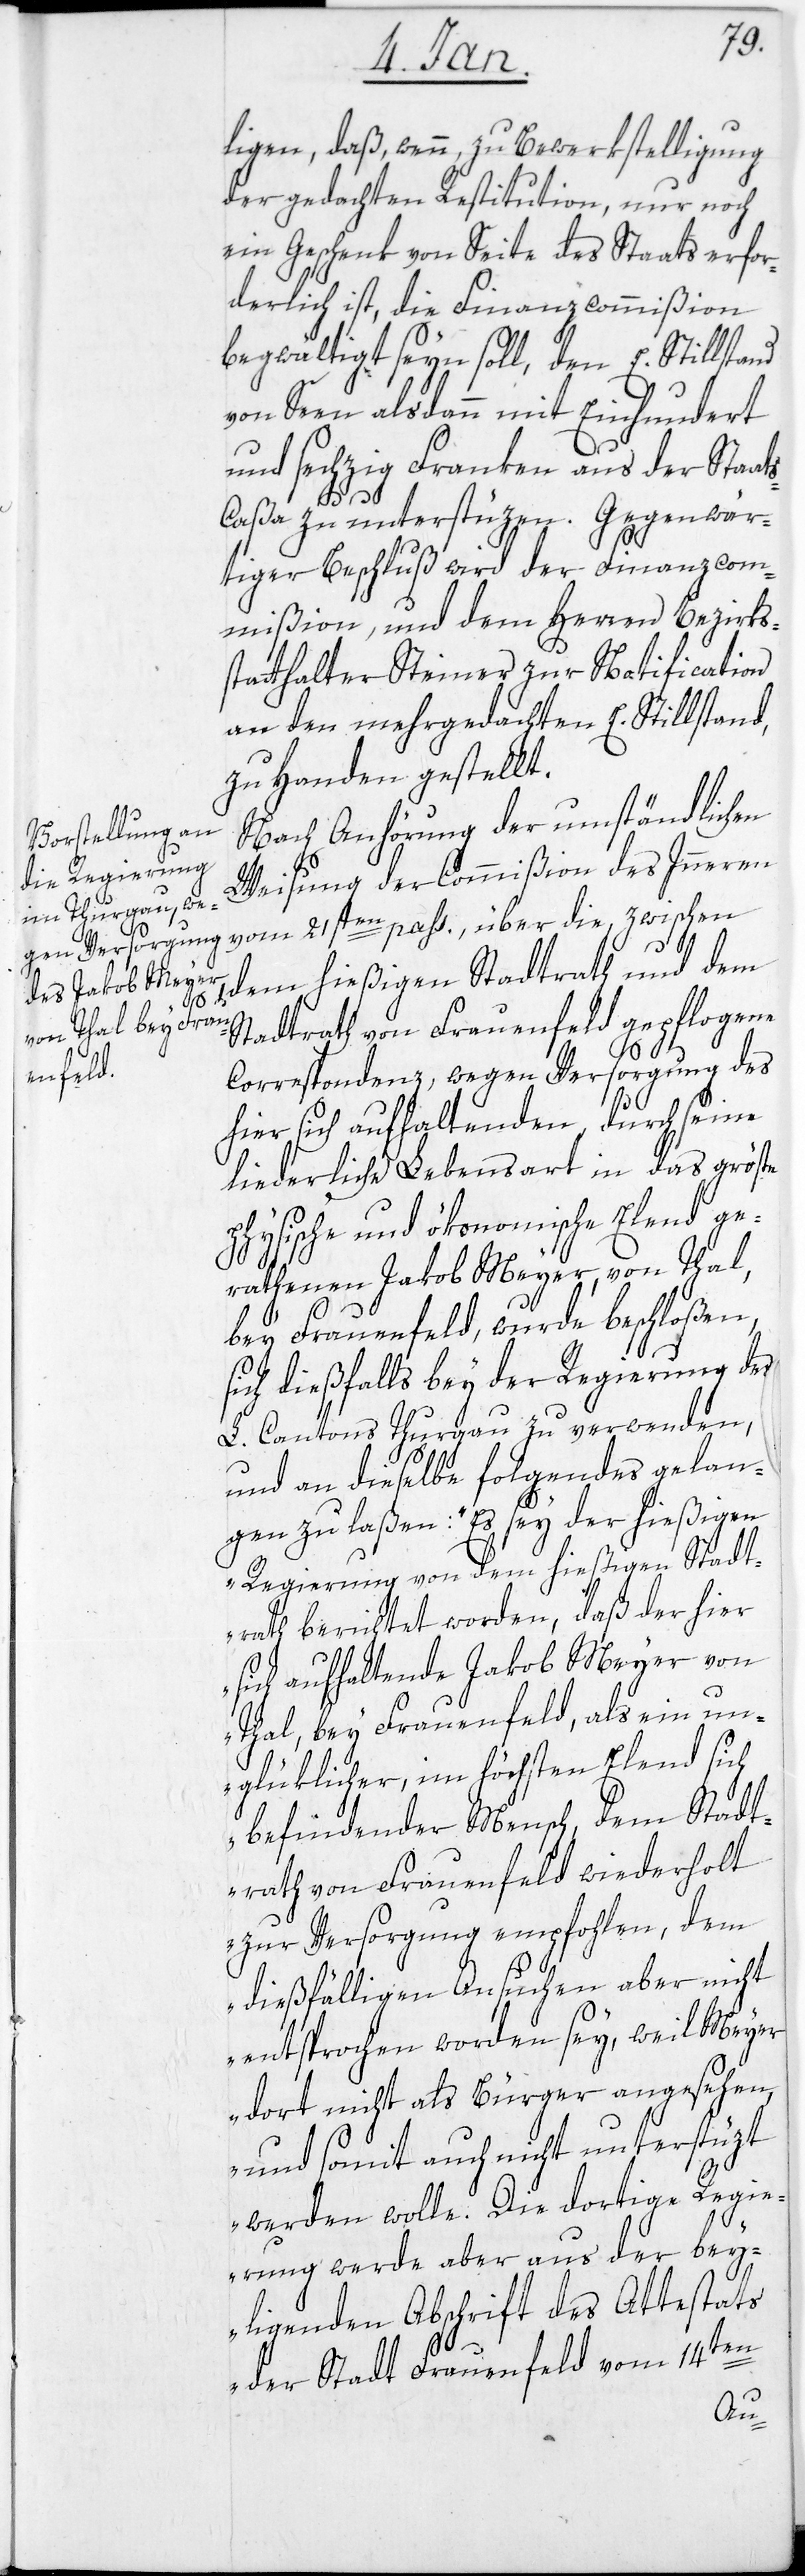
ligen, daß, wenn, zu Bewerkstelligung
der gedachten Restitution, nur noch
ein Geschenk von Seite des Staats erfor¬
derlich ist, die Finanzcommißion
begwältigt seyn soll, den E. Stillstand
von Seen alsdann mit Einhundert
und sechzig Franken aus der Staat¬
s-C¬
aßa zu unterstüzen. Gegenwär¬
tiger Beschluß wird der Finanzcom¬
mißion, und dem Herren Bezirks¬
statthalter Steiner zur Notification
an den mehrgedachten E. Stillstand,
zu Handen gestellt.
Nach Anhörung der umständlichen
Weisung der Commißion des Inneren
vom 21sten pass., über die zwischen
dem hießigen Stadtrath und dem
Stadtrath von Frauenfeld gepflogene
Correspondenz, wegen Versorgung des
hier sich aufhaltenden, durch seine
liederliche Lebensart in das größte
physische und ökonomische Elend ge¬
rathenen Jakob Meyer, von Thal,
bey Frauenfeld, wurde beschloßen,
sich dießfalls bey der Regierung des
L. Cantons Thurgau zu verwenden,
und an dieselbe folgendes gelan¬
gen zu laßen: „Es sey der hießigen
Regierung von dem hießigen Stadt¬
rath berichtet worden, daß der hier
sich aufhaltende Jakob Meyer von
Thal, bey Frauenfeld, als ein un¬
glüklicher, im höchsten Elend sich
befindender Mensch, dem Stadt¬
rath von Frauenfeld wiederholt
zur Versorgung empfohlen, dem
dießfälligen Ansuchen aber nicht
entsprochen worden sey, weil Meyer
dort nicht als Bürger angesehen,
und somit auch nicht unterstüzt
werden wolle. Die dortige Regie¬
rung werde aber aus der bey¬
liegenden Abschrift des Attestats
der Stadt Frauenfeld vom 14ten